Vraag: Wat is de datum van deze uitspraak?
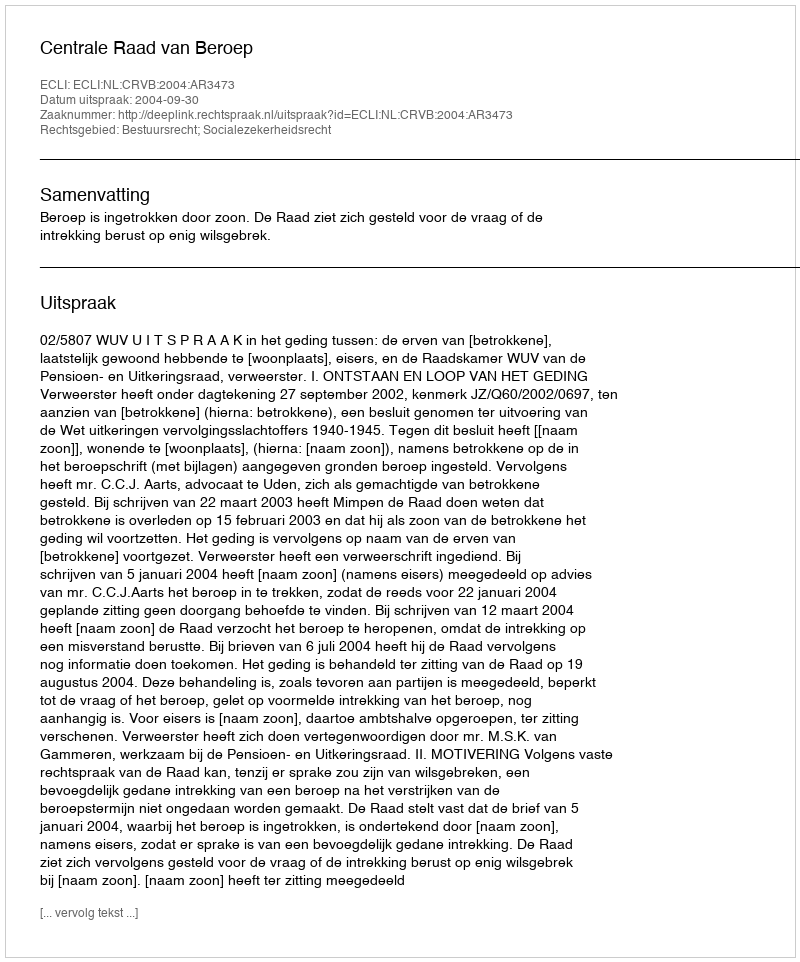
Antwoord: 2004-09-30